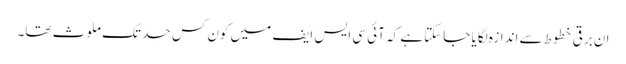
ان برقی خطوط سے اندازہ لگایا جاسکتا ہے کہ آئی سی ایس ایف میں کون کس حد تک ملوث تھا۔